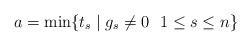
LaTeX: \begin{align*}a=\min\{ t_s\mid g_s \neq 0 \ \ 1\leq s\leq n\}\end{align*}